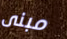
مبنى